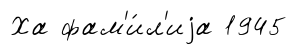
Ха фам'и́л'иjа 1945